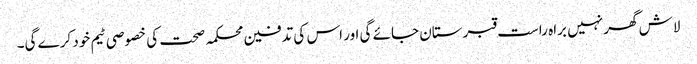
لاش گھر نہیں براہ راست قبرستان جائے گی اور اس کی تدفین محکمہ صحت کی خصوصی ٹیم خود کرے گی۔